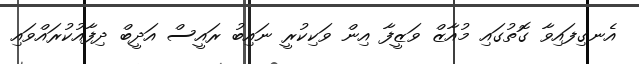
އެނގިފައިވާ ގޮތުގައި މުއާޒް ވަޒީފާ އިން ވަކިކުރީ ނައިބު ރައީސް އަދީބް ދިފާއުކުރައްވައި